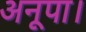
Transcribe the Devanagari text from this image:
अनूपा।